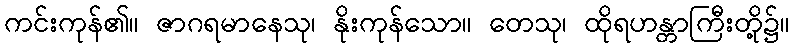
ကင်းကုန်၏။ ဇာဂရမာနေသု၊ နိုးကုန်သော။ တေသု၊ ထိုရဟန္တာကြီးတို့၌။